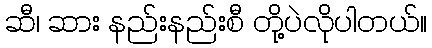
ဆီ၊ ဆား နည်းနည်းစီ တို့ပဲလိုပါတယ်။